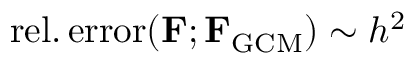
\mathrm { r e l . \, e r r o r } ( \mathbf { F } ; \mathbf { F } _ { \mathrm { G C M } } ) \sim h ^ { 2 }